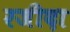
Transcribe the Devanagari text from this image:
रजीदा